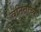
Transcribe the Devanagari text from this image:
वनितांच्या